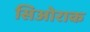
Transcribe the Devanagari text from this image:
सिओराक